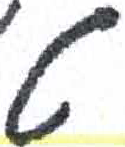
אות: ט